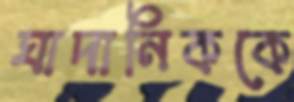
ঘাদানিককে